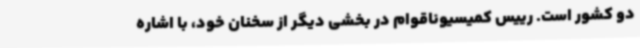
دو کشور است. رییس کمیسیوناقوام در بخشی دیگر از سخنان خود، با اشاره